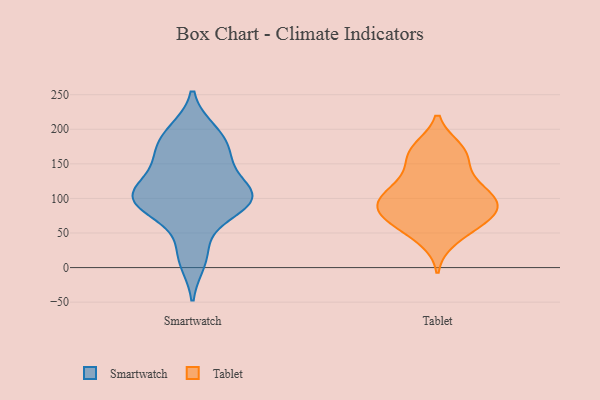
{"axis": {"x": "Market Share (%)", "y": "Value"}, "legend": ["Smartwatch", "Tablet"], "data": [{"x": "", "y": 158, "type": "Smartwatch"}, {"x": "", "y": 10, "type": "Smartwatch"}, {"x": "", "y": 183, "type": "Smartwatch"}, {"x": "", "y": 150, "type": "Smartwatch"}, {"x": "", "y": 98, "type": "Smartwatch"}, {"x": "", "y": 116, "type": "Smartwatch"}, {"x": "", "y": 23, "type": "Smartwatch"}, {"x": "", "y": 106, "type": "Smartwatch"}, {"x": "", "y": 103, "type": "Smartwatch"}, {"x": "", "y": 101, "type": "Smartwatch"}, {"x": "", "y": 162, "type": "Smartwatch"}, {"x": "", "y": 102, "type": "Smartwatch"}, {"x": "", "y": 197, "type": "Smartwatch"}, {"x": "", "y": 192, "type": "Smartwatch"}, {"x": "", "y": 84, "type": "Smartwatch"}, {"x": "", "y": 104, "type": "Smartwatch"}, {"x": "", "y": 76, "type": "Smartwatch"}, {"x": "", "y": 78, "type": "Tablet"}, {"x": "", "y": 62, "type": "Tablet"}, {"x": "", "y": 103, "type": "Tablet"}, {"x": "", "y": 138, "type": "Tablet"}, {"x": "", "y": 77, "type": "Tablet"}, {"x": "", "y": 40, "type": "Tablet"}, {"x": "", "y": 109, "type": "Tablet"}, {"x": "", "y": 80, "type": "Tablet"}, {"x": "", "y": 106, "type": "Tablet"}, {"x": "", "y": 172, "type": "Tablet"}, {"x": "", "y": 126, "type": "Tablet"}, {"x": "", "y": 95, "type": "Tablet"}, {"x": "", "y": 160, "type": "Tablet"}, {"x": "", "y": 104, "type": "Tablet"}, {"x": "", "y": 172, "type": "Tablet"}, {"x": "", "y": 86, "type": "Tablet"}, {"x": "", "y": 53, "type": "Tablet"}, {"x": "", "y": 165, "type": "Tablet"}, {"x": "", "y": 74, "type": "Tablet"}]}